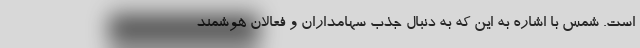
است. شمس با اشاره به این که به دنبال جذب سهامداران و فعالان هوشمند